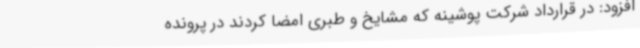
افزود: در قرارداد شرکت پوشینه که مشایخ و طبری امضا کردند در پرونده